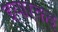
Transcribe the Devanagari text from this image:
इयारकइ